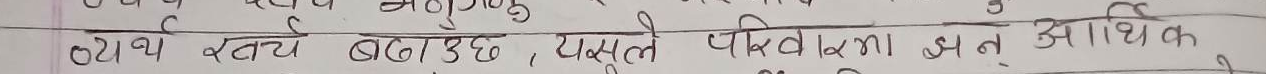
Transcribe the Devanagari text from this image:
ब्याथ खर्च बढाउँछ, यसले परिवेशमा झन् अधिक